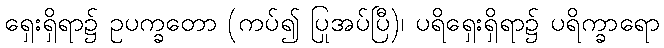
ရှေးရှိရာ၌ ဥပက္ခတော (ကပ်၍ ပြုအပ်ပြီ)၊ ပရိရှေးရှိရာ၌ ပရိက္ခာရော